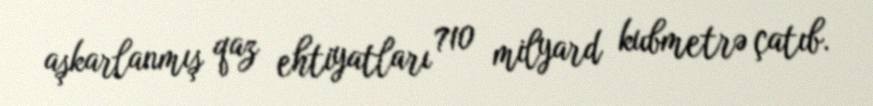
aşkarlanmış qaz ehtiyatları 710 milyard kubmetrə çatıb.